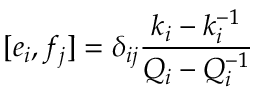
\lbrack e _ { i } , f _ { j } ] = \delta _ { i j } \frac { k _ { i } - k _ { i } ^ { - 1 } } { Q _ { i } - Q _ { i } ^ { - 1 } }